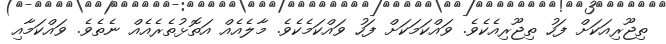
ތިޖޫރިއަކަށް ފަހު ތިޖޫރިއެކެވެ. ވައްކަމަކަށް ފަހު ވައްކަމެކެވެ. މާލެއެއް އަތޮޅުތެރެއެއް ނެތެވެ. ވައްކަމާއި